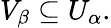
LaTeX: V_{\beta}\subseteq U_{\alpha}.